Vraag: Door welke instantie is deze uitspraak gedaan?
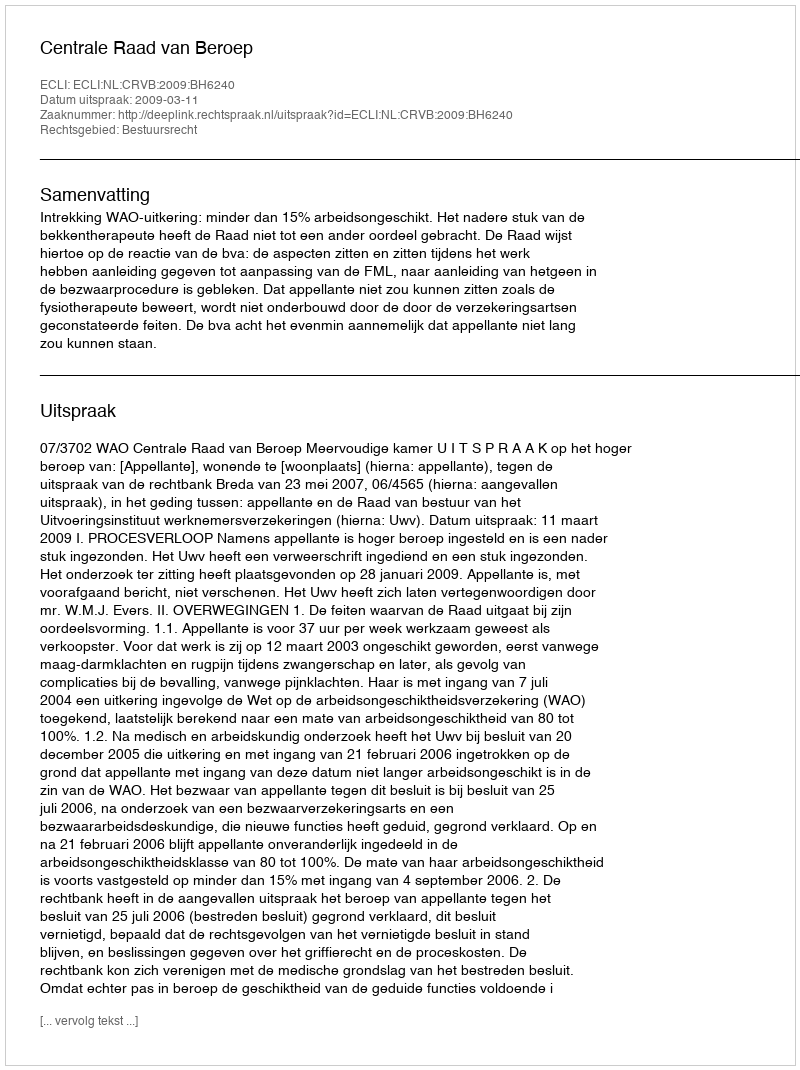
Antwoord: Centrale Raad van Beroep